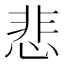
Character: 悲